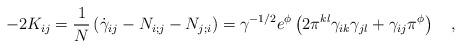
LaTeX: \begin{align*}-2K_{ij}=\frac{1}{N} \left( \dot{\gamma}_{ij}-N_{i;j}-N_{j;i} \right) =\gamma^{-1/2}e^{\phi}\left( 2\pi^{kl}\gamma_{ik}\gamma_{jl}+\gamma_{ij}\pi^{\phi} \right) ~~~,\end{align*}